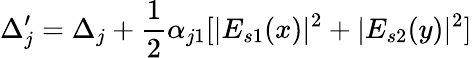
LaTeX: \Delta_{j}^{\prime}=\Delta_{j}+\frac{1}{2}\alpha_{j1}[|E_{s1}(x)|^{2}+|E_{s2}(y)|^{2}]